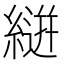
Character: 𮈴